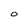
Character: O